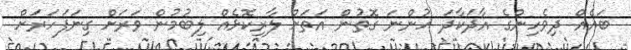
ބައެއް ދިވެހިންގެ އާދަކާދަ ހުންނަ ގޮތުން އަތަށް ލާރިކޮޅެއް ލިބުމުން ވަރަށް ގިނަފަހަރަށް